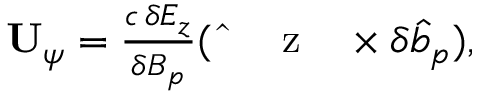
\begin{array} { r } { \mathbf { U } _ { \psi } = \frac { c \, \delta E _ { z } } { \delta B _ { p } } ( \mathrm { ~ \hat { ~ } { ~ \mathbf ~ { ~ z ~ } ~ } ~ } \times \delta \hat { b } _ { p } ) , } \end{array}